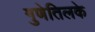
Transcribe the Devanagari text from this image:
गुणेतिलके